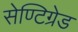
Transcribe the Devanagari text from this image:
सेण्टिग्रेड